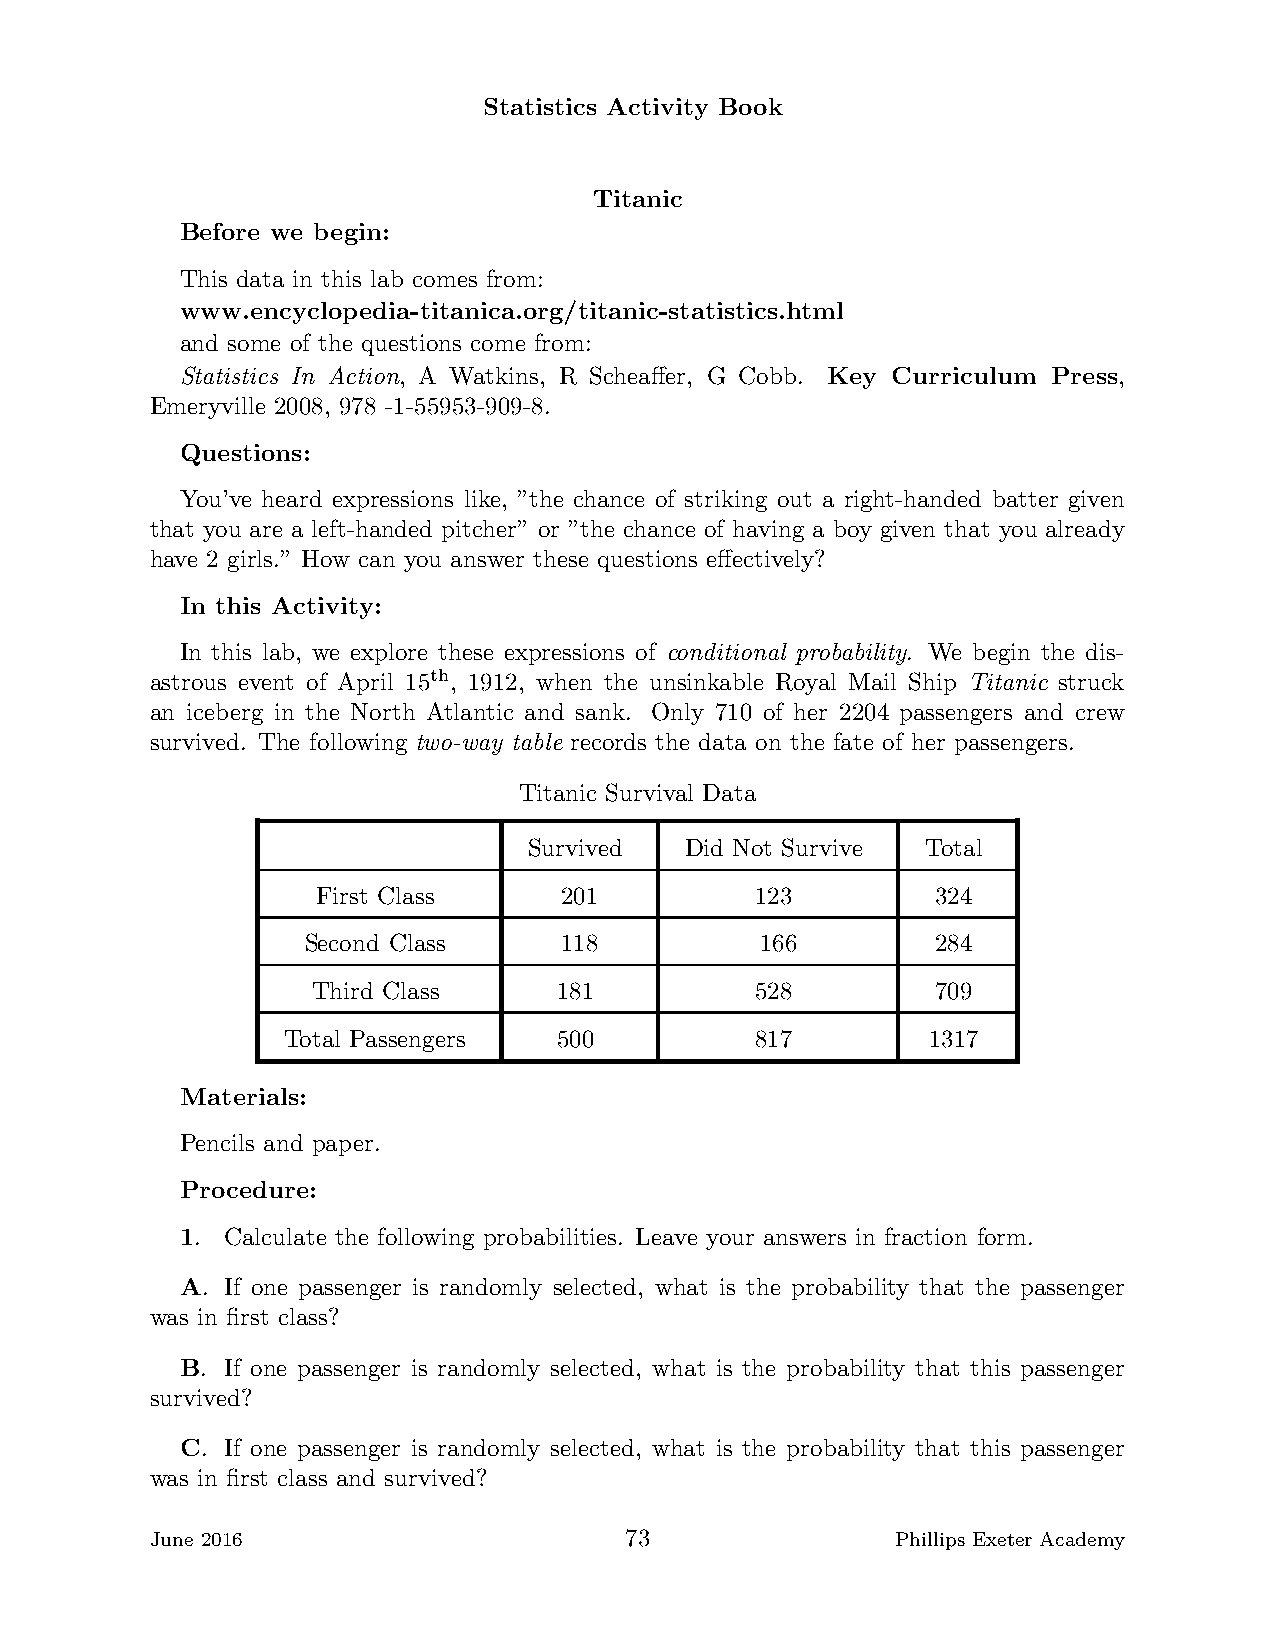
Statistics Activity Book
 Titanic
 Before we begin:
 This data in this lab comes from:
 www.encyclopedia-titanica.org/titanic-statistics.html
 and some of the questions come from:
 Statistics In Action, A Watkins, R Scheaffer, G Cobb. Key Curriculum Press,
 Emeryville 2008, 978 -1-55953-909-8.
 Questions:
 You’ve heard expressions like, ”the chance of striking out a right-handed batter given
 that you are a left-handed pitcher” or ”the chance of having a boy given that you already
 have 2 girls.” How can you answer these questions effectively?
 In this Activity:
 In this lab, we explore these expressions of conditional probability. We begin the dis-
 astrous event of April 15th, 1912, when the unsinkable Royal Mail Ship Titanic struck
 an iceberg in the North Atlantic and sank. Only 710 of her 2204 passengers and crew
 survived. The following two-way table records the data on the fate of her passengers.
 Titanic Survival Data
 Survived  Did Not Survive Total
 First Class     201          123         324
 Second Class     118          166         284
 Third Class     181          528         709
 Total Passengers  500          817        1317
 Materials:
 Pencils and paper.
 Procedure:
 1. Calculate the following probabilities. Leave your answers in fraction form.
 A. If one passenger is randomly selected, what is the probability that the passenger
 was in first class?
 B. If one passenger is randomly selected, what is the probability that this passenger
 survived?
 C. If one passenger is randomly selected, what is the probability that this passenger
 was in first class and survived?
 June 2016                      73                Phillips Exeter Academy